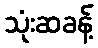
သုံးဆခန့်